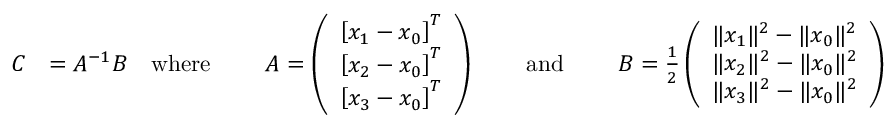
{ \begin{array} { r l r l r l r l r } { C } & { = A ^ { - 1 } B } & { { \mathrm { w h e r e } } } & { \ } & { A = \left( { \begin{array} { l } { \left[ x _ { 1 } - x _ { 0 } \right] ^ { T } } \\ { \left[ x _ { 2 } - x _ { 0 } \right] ^ { T } } \\ { \left[ x _ { 3 } - x _ { 0 } \right] ^ { T } } \end{array} } \right) } & { \ } & { { \mathrm { a n d } } } & { \ } & { B = { \frac { 1 } { 2 } } \left( { \begin{array} { l } { \| x _ { 1 } \| ^ { 2 } - \| x _ { 0 } \| ^ { 2 } } \\ { \| x _ { 2 } \| ^ { 2 } - \| x _ { 0 } \| ^ { 2 } } \\ { \| x _ { 3 } \| ^ { 2 } - \| x _ { 0 } \| ^ { 2 } } \end{array} } \right) } \end{array} }